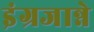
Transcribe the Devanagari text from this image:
इंग्रजान्ने